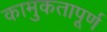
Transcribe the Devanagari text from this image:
कामुकतापूर्ण